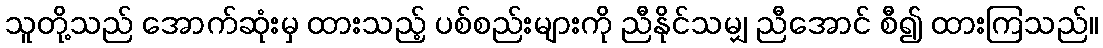
သူတို့သည် အောက်ဆုံးမှ ထားသည့် ပစ်စည်းများကို ညီနိုင်သမျှ ညီအောင် စီ၍ ထားကြသည်။